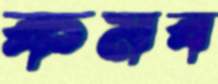
কমব